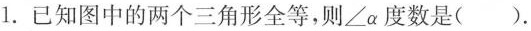
1.已知图中的两个三角形全等，则\angle \alpha度数是().